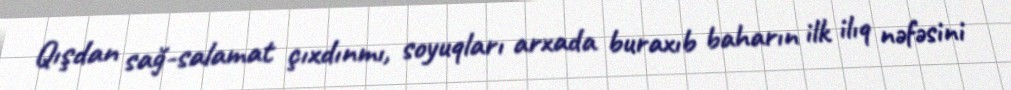
Qışdan sağ-salamat çıxdınmı, soyuqları arxada buraxıb baharın ilk ilıq nəfəsini